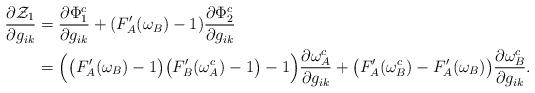
LaTeX: \begin{align*}\frac{\partial \mathcal{Z}_1}{\partial g_{ik}}&=\frac{\partial \Phi_1^c}{\partial g_{ik}}+(F_A'(\omega_B)-1)\frac{\partial \Phi_2^c}{\partial g_{ik}}\\&=\Big(\big(F_A'(\omega_B)-1\big)\big(F_B'(\omega_A^c)-1\big)-1\Big)\frac{\partial \omega_A^c}{\partial g_{ik}}+\big(F_A'(\omega_B^c)-F_A'(\omega_B)\big)\frac{\partial \omega_B^c}{\partial g_{ik}}.\end{align*}